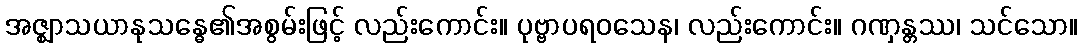
အဇ္ဈာသယာနုသန္ဓေ၏အစွမ်းဖြင့် လည်းကောင်း။ ပုဗ္ဗာပရဝသေန၊ လည်းကောင်း။ ဂဏှန္တဿ၊ သင်သော။